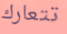
تتعارك